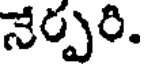
నేర్పరి.